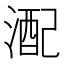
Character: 𪶪